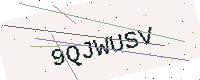
Text: 9QJWUSV